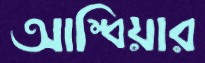
আম্বিয়ার